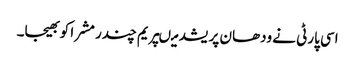
اسی پارٹی نے ودھان پریشد میںپریم چندر مشرا کو بھیجا۔